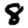
Digit: 8